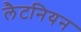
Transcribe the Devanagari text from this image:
लैटनियन